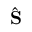
\hat { \mathbf { S } }